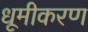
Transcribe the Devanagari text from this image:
धूमीकरण